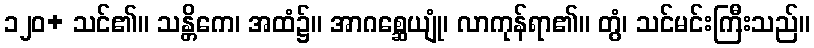
၁၂၀+ သင်၏။ သန္တိကေ၊ အထံ၌။ အာဂစ္ဆေယျုံ၊ လာကုန်ရာ၏။ တွံ၊ သင်မင်းကြီးသည်။